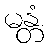
မန္တံ